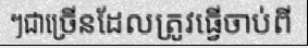
ៗជាច្រើនដែលត្រូវធ្វើចាប់ពី